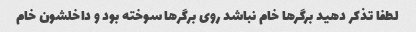
لطفا تذکر دهید برگر‌ها خام نباشد روی برگر‌ها سوخته بود و داخلشون خام